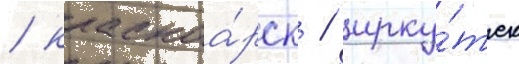
/ красноа́рск / ирку́тск